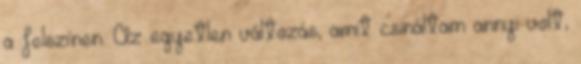
a felszínen. Az egyetlen változás, amit csináltam annyi volt,